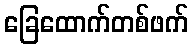
ခြေထောက်တစ်ဖက်